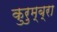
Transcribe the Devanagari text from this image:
कुरुम्ब्रा